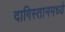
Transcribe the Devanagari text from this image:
दागिस्तानमध्ये